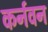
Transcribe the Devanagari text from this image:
कर्नवन